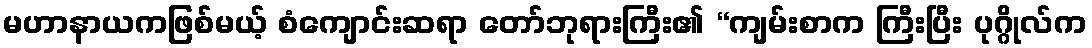
မဟာနာယကဖြစ်မယ့် စံကျောင်းဆရာ တော်ဘုရားကြီး၏ “ကျမ်းစာက ကြီးပြီး ပုဂ္ဂိုလ်က